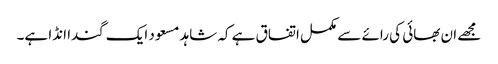
مجھے ان بھائی کی رائے سے مکمل اتفاق ہے کہ شاہد مسعود ایک گندا انڈا ہے۔